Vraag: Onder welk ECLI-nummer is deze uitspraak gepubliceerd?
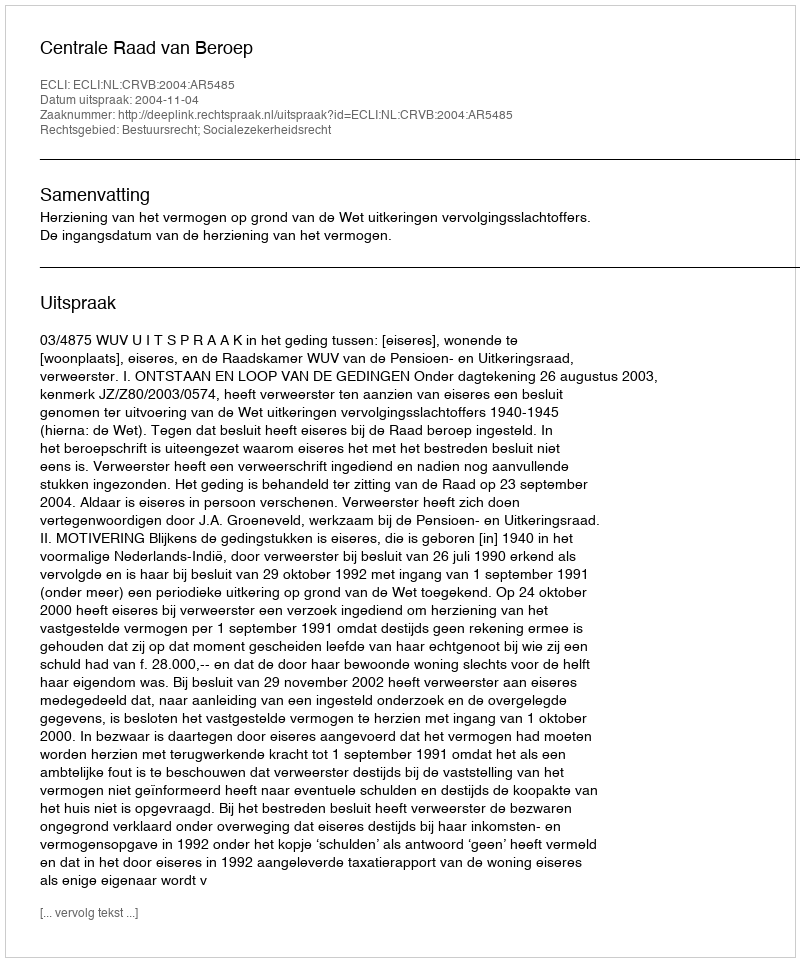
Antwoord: ECLI:NL:CRVB:2004:AR5485